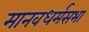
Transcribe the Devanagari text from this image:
मानवधर्मसभा